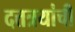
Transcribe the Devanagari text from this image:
दत्तत्रयांची